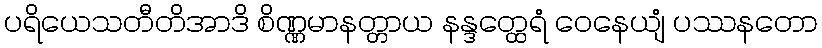
ပရိယေသတီတိအာဒိ စိဏ္ဏမာနတ္တာယ နန္ဒတ္ထေရံ ဝေနေယျံ ပဿနတော